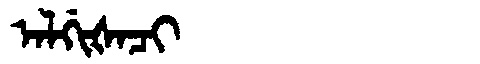
Manchu: ᠠᠯᡤᡳᡧᠠᠴᡳ
Romanization: ALGIŠACI